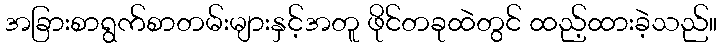
အခြားစာရွက်စာတမ်းများနှင့်အတူ ဖိုင်တခုထဲတွင် ထည့်ထားခဲ့သည်။